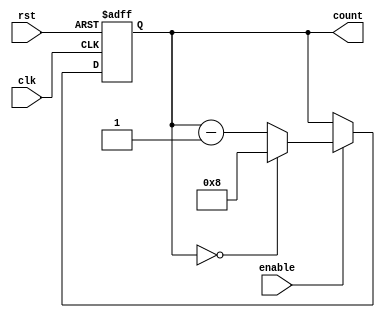
module Modulo_N_Down_Counter
(
    input wire clk,
    input wire rst,
    input wire enable,
    output reg [N-1:0] count
);

parameter N = 8;

always @(posedge clk or posedge rst) begin
    if (rst) begin
        count <= N;
    end else if (enable) begin
        if (count == 0) begin
            count <= N;
        end else begin
            count <= count - 1;
        end
    end
end

endmodule